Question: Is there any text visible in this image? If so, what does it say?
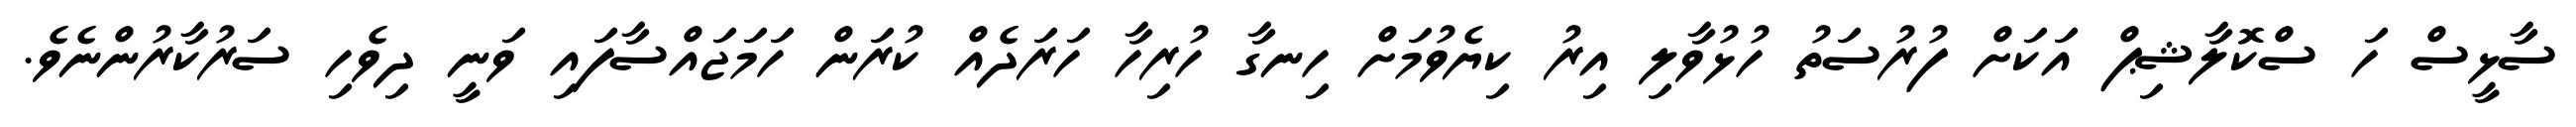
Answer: ސާޅީސް ހަ ސްކޮލާޝިޕް އަކަށް ފުރުސަތު ހުޅުވާލި އިރު ކިޔެވުމަށް ހިނގާ ހުރިހާ ހަރަދެއް ކުރަން ހަމަޖައްސާފައި ވަނީ ދިވެހި ސަރުކާރުންނެވެ.